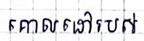
គោលដៅរបស់